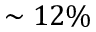
\sim 1 2 \%